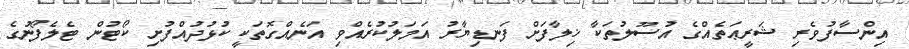
އިންސާފުވެރި ޝަރީޢަތެއްގެ އުސޫލުތަކާ ޚިލާފަށް ފަނޑިޔާރު އަމަލުކުރެއްވި އަނެއްގޮތަކީ ކުޅުދުއްފުށި ކޯޓުން ޓެލެފޯނުގެ